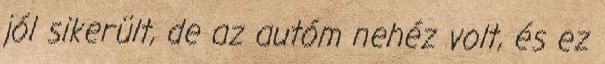
jól sikerült, de az autóm nehéz volt, és ez